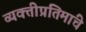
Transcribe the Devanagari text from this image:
व्यक्तीप्रतिमांचे